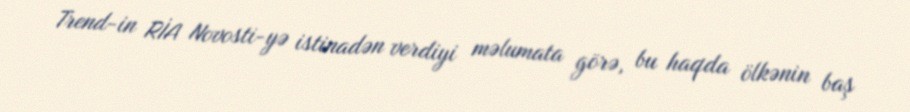
Trend-in RİA Novosti-yə istinadən verdiyi məlumata görə, bu haqda ölkənin baş